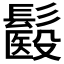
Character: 𩮾